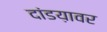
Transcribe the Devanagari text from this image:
दांडय़ावर